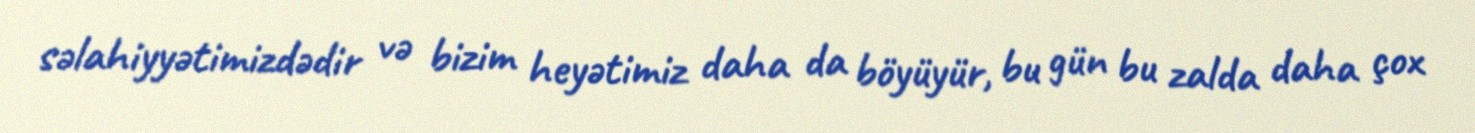
səlahiyyətimizdədir və bizim heyətimiz daha da böyüyür, bu gün bu zalda daha çox